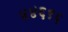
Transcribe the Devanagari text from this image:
४४६९६